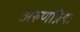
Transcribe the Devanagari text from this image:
अरुणप्रिया